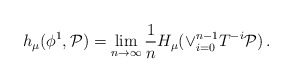
\begin{align*}h_{\mu}(\phi^1,\mathcal{P})=\lim_{n\to\infty}\frac{1}{n}H_{\mu}(\vee_{i=0}^{n-1}T^{-i}\mathcal{P})\,.\end{align*}